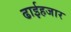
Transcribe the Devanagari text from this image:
ढाईहजार